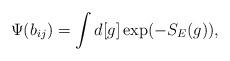
LaTeX: \begin{align*}\Psi(b_{ij}) = \int d[g] \exp(-S_{E}(g)),\end{align*}